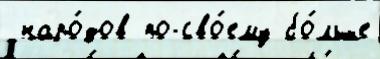
 наро́дов по-сво́ему бо́льше